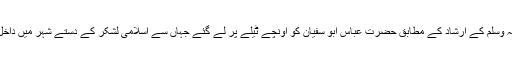
سرور دو عالم صلی اللہ علیہ وآلہ وسلم کے ارشاد کے مطابق حضرت عباس ابو سفیان کو اونچے ٹیلے پر لے گئے جہاں سے اسلامی لشکر کے دستے شہر میں داخل ہوئے دکھائی دے رہے تھے ۔